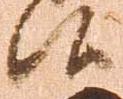
候